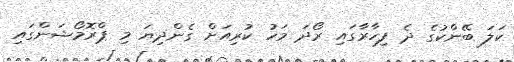
ކަލަ ބޭންކުގެ ދެ ފިހާރާގައި ރޯދަ މަހު ކުރިއަށް ގެންދިޔަ މި ޕްރޮމޯޝަންގައި